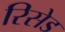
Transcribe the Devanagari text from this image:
रिसेड